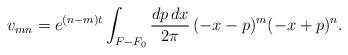
LaTeX: \begin{align*}v_{mn} = e^{(n-m)t} \int_{F - F_0} \frac{dp\, dx}{2\pi}\, (-x-p)^m(-x+p)^n . \end{align*}